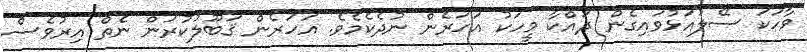
ވާހަކަ ސޭލުއަޅުވައިގެން ދައްކާ މީހަކު އަހަރެން ނުދެކެމެވެ. އަހަރެން ޤަބޫލުކުރަން ނެތް އިރުވެސް